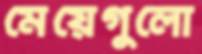
মেয়েগুলো